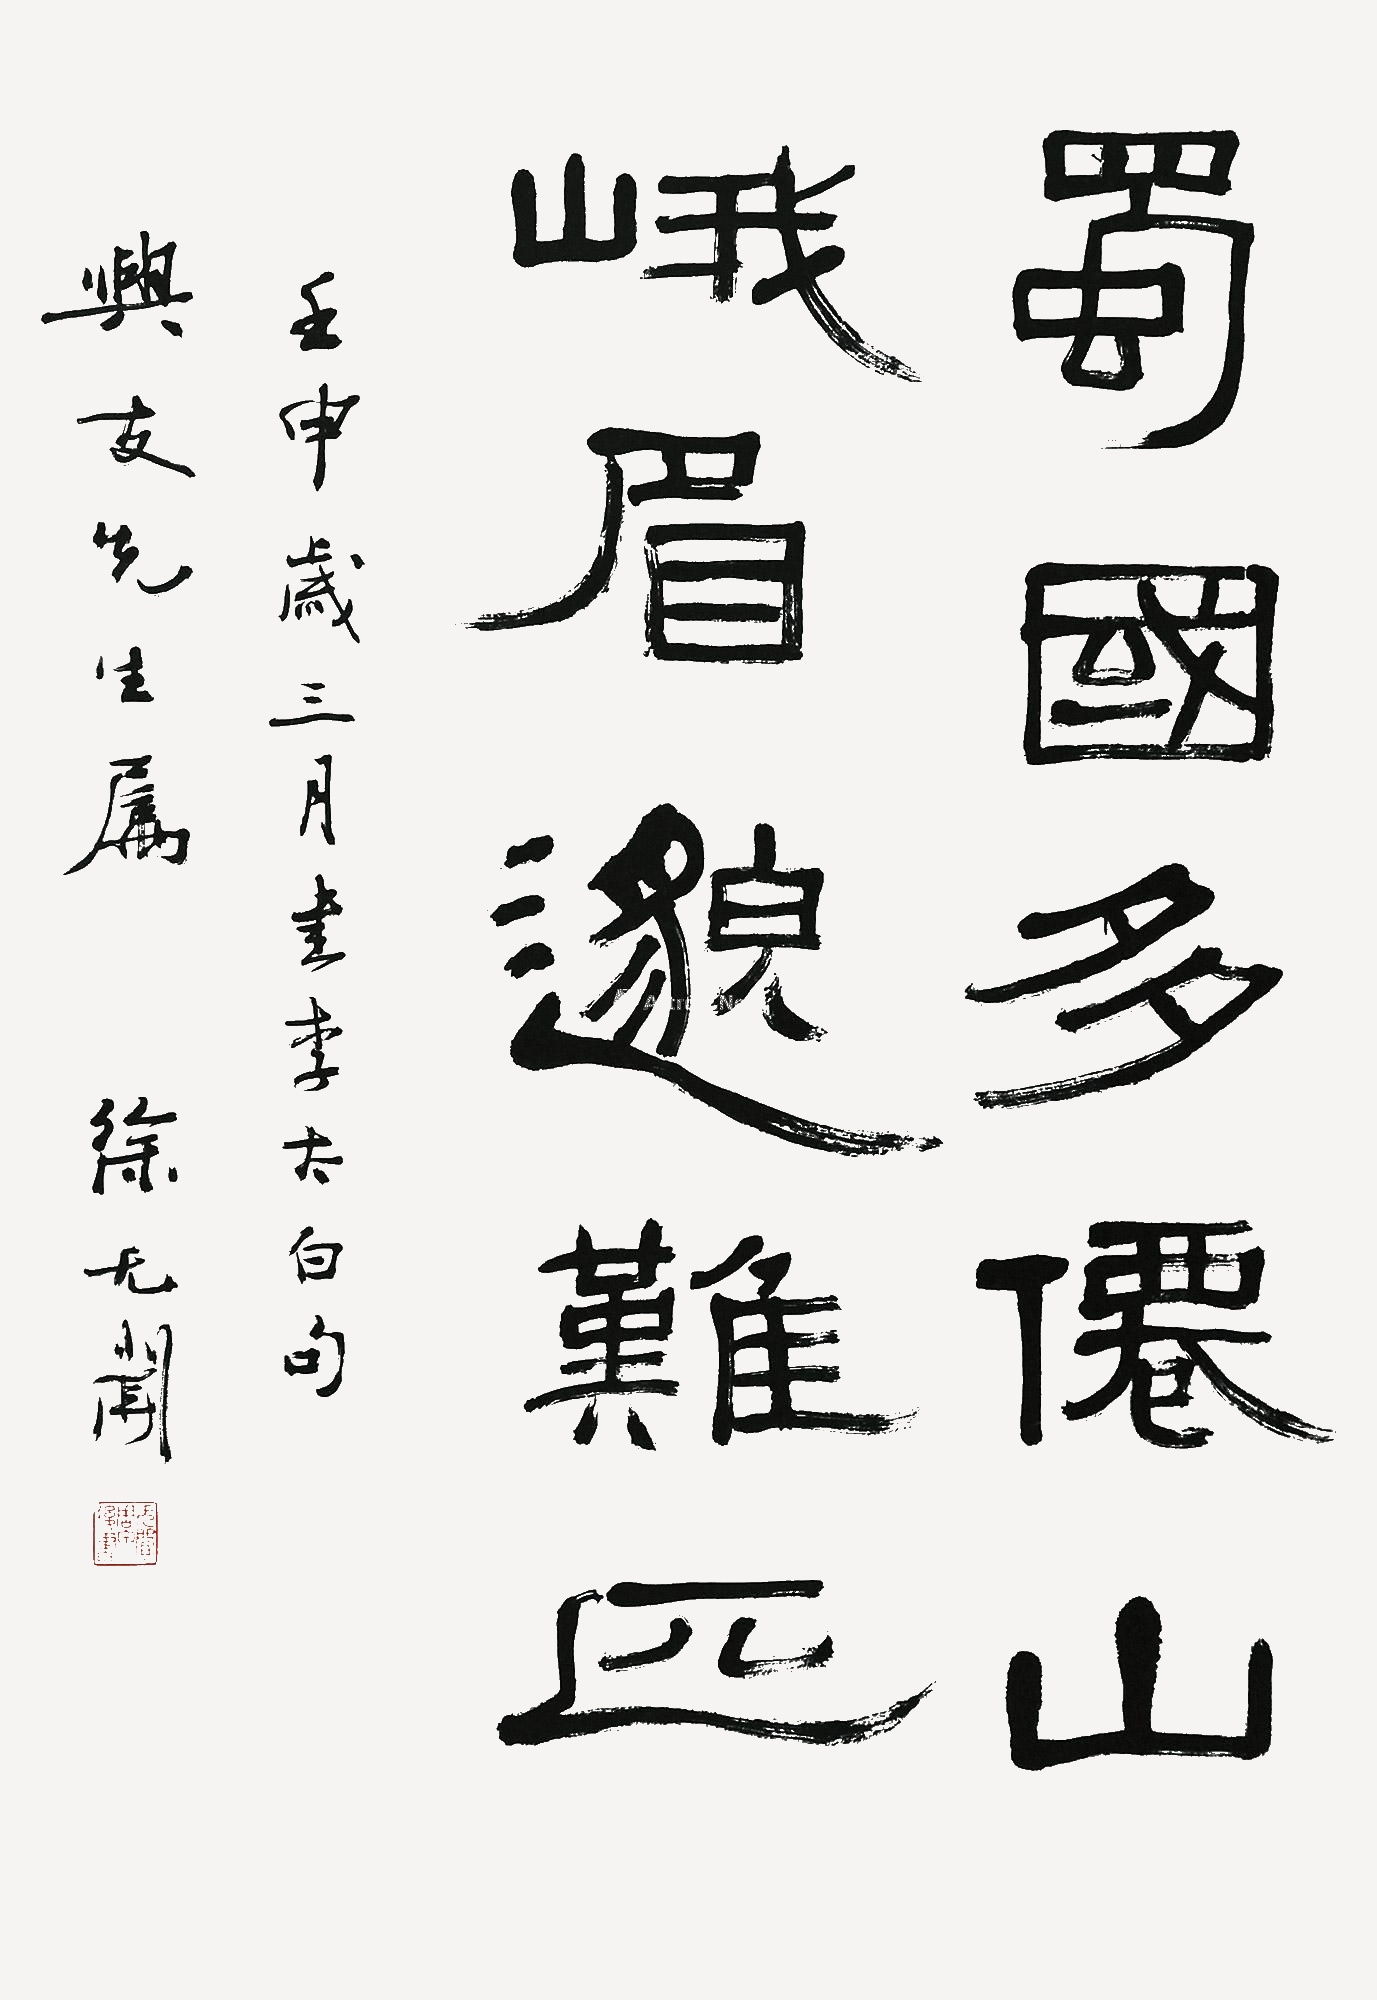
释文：蜀国多仙山，峨眉邈难匹。壬申岁三月书李太白句。兴友先生属，徐无闻。